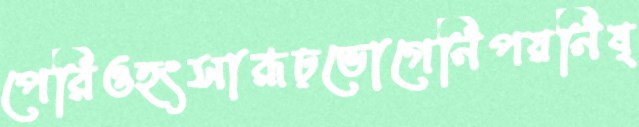
পেরিওহংসারূঢ়ভোগেনিপয়নিষ্